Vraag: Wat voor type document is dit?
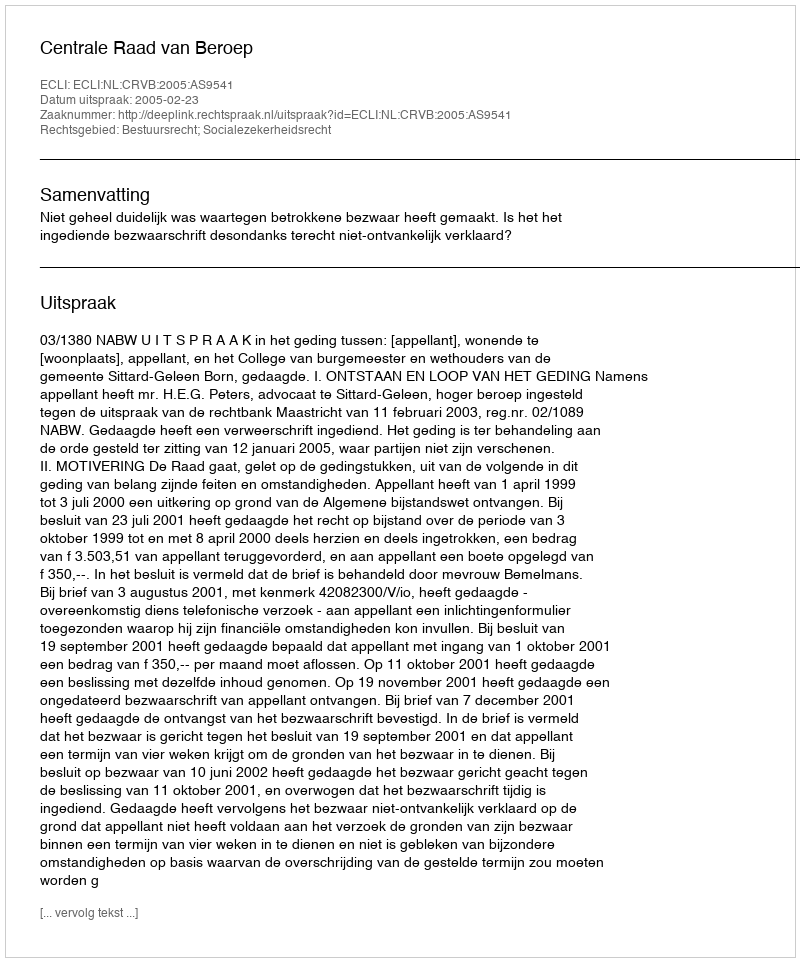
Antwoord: Uitspraak